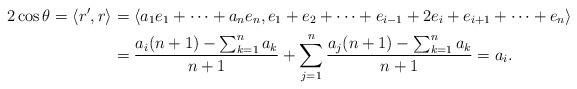
LaTeX: \begin{align*}2\cos\theta=\left\langle r', r \right\rangle &=\left\langle a_1e_1+\cdots+a_ne_n, e_1+e_2+\cdots+e_{i-1}+2e_i+e_{i+1}+\cdots+e_n \right\rangle\\&=\frac{a_i(n+1)-\sum_{k=1}^na_k}{n+1}+\sum_{j=1}^n\frac{a_j(n+1)-\sum_{k=1}^na_k}{n+1}=a_i.\end{align*}